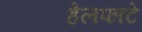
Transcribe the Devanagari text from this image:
हेलफाटे